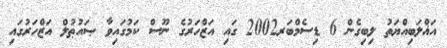
އަޣްލަބިއްޔަތު ލިބިގެން 6 ޑިސެމްބަރ2002 ގައި އަޒްހަރުގެ ނޫސް ކަމުގައިވާ ޞައުޠުލް އަޒްހަރުގައި